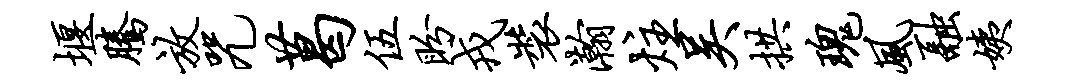
堰腾放咒葛伍盼戎装瀚炷吴拱瑰风融姨